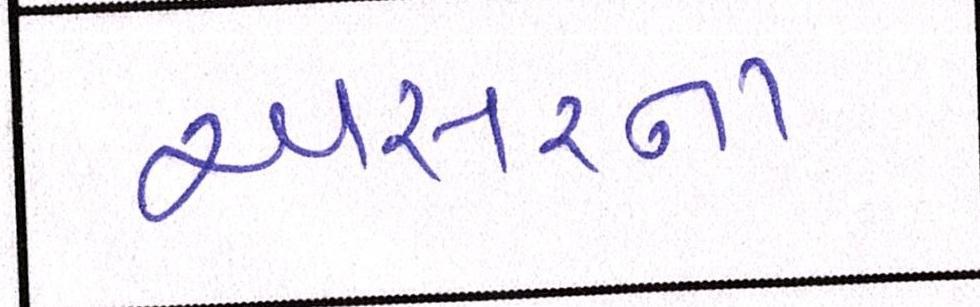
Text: અસરના